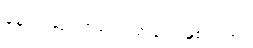
နောက်ဆုံး အစည်းအဝေးဖြစ်တယ်။